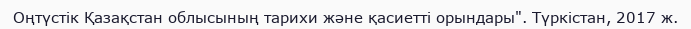
Оңтүстік Қазақстан облысының тарихи және қасиетті орындары". Түркістан, 2017 ж.